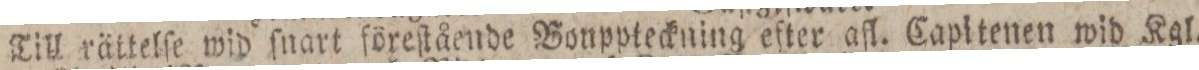
Till rättelſe wid ſnart föreſtående Bonppteckning efter afl. Capitenen wid Kgl.